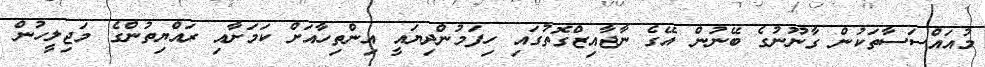
މުއައްސަސާތަކުން ގާނޫނުގެ ބޭނުން އޭގެ ނާޖާއިޒްގޮތުގައި ހިފަމުންދިޔައީ އިންތިހާއަށް ކަމަށާއި ރައްޔިތުންގެ މަޖިލީހުން